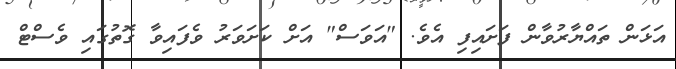
އަޅަން ތައްޔާރުވާން ފަށައިފި އެވެ. "އަވަސް" އަށް ކަށަވަރު ވެފައިވާ ގޮތުގައި ވެސްޓް